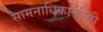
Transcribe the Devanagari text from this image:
सामनाधिकार्‍यांची